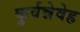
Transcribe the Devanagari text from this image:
कुर्वन्नेवेह